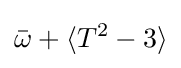
{\bar {\omega }}+\langle T^{2}-3\rangle